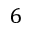
6